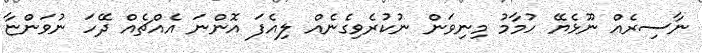
ނާސިރެއް ނޫޅެޔޭ ހުމާމު މިނިވަން ނުކުރެވިގެނެއް ލިއެފަ އޮންނަ އެއްޗެއް ދޭހަ ނުވަންޏާ